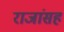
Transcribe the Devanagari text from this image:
राजांसह